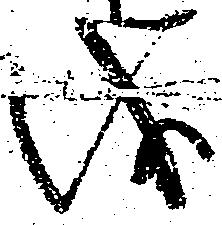
儀